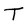
Character: T